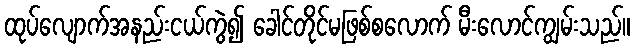
ထုပ်လျောက်အနည်းငယ်ကွဲ၍ ခေါင်တိုင်မဖြစ်စလောက် မီးလောင်ကျွမ်းသည်။